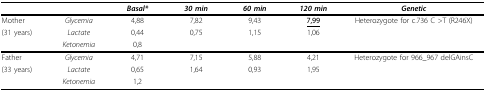
|  |  | Basal* | 30 min | 60 min | 120 min | Genetic |
 | --- | --- | --- | --- | --- | --- | --- |
 | Mother | Glycemia | 4,88 | 7,82 | 9,43 | <underline>7,99</underline> | Heterozygote for c.736 C >T (R246X) |
 | (31 years) | Lactate | 0,44 | 0,75 | 1,15 | 1,06 |  |
 |  | Ketonemia | 0,8 |  |  |  |  |
 | Father | Glycemia | 4,71 | 7,15 | 5,88 | 4,21 | Heterozygote for 966_967 delGAinsC |
 | (33 years) | Lactate | 0,65 | 1,64 | 0,93 | 1,95 |  |
 |  | Ketonemia | 1,2 |  |  |  |  |